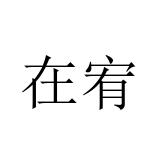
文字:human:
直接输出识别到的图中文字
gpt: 在宥